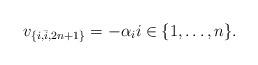
LaTeX: \begin{align*}v_{\{i,\bar{i},2n+1\}}=-\alpha_i i\in \{1,\ldots,n\}.\end{align*}